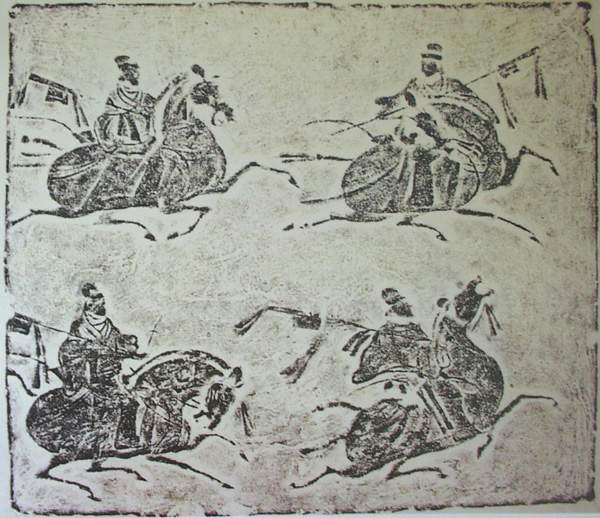
吏不治则乱，农事缓则贫。